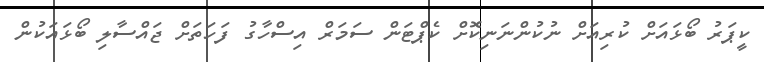
ކީޕަރު ބޯޅައަށް ކުރިއަށް ނުކުންނަނިކޮށް ކެޕްޓަން ސަމަރް އިސްހާގު ފަހަތަށް ޖައްސާލި ބޯޅައަކުން